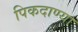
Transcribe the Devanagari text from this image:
पिकदाण्या